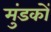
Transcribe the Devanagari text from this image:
मुंडकों